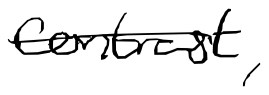
Text: contrast,
Cross-out: single-line
Writing tool: digital_black